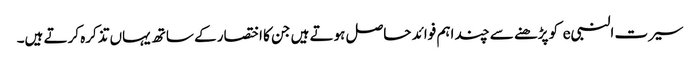
سیرت النبیe کو پڑھنے سے چند اہم فوائد حاصل ہوتے ہیں جن کا اختصار کے ساتھ یہاں تذکرہ کرتے ہیں۔